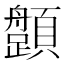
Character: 𩕎